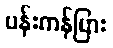
ပန်းကန်ပြား